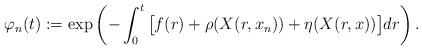
LaTeX: \begin{align*}\varphi_n(t):=\exp\left(-\int_0^t \big[f(r)+\rho(X(r,x_n))+\eta(X(r,x))\big]dr \right).\end{align*}